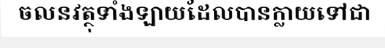
ចលនវត្ថុទាំងឡាយដែលបានក្លាយទៅជា